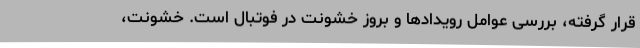
قرار گرفته، بررسی عوامل رویدادها و بروز خشونت در فوتبال است. خشونت،